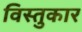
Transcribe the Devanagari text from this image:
विस्तुकार